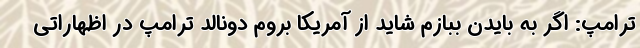
ترامپ: اگر به بایدن ببازم شاید از آمریکا بروم دونالد ترامپ در اظهاراتی